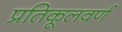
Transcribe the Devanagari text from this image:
प्रतिकूलवर्ण